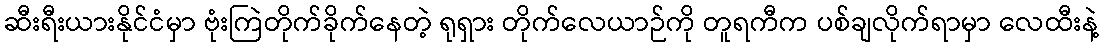
ဆီးရီးယားနိုင်ငံမှာ ဗုံးကြဲတိုက်ခိုက်နေတဲ့ ရုရှား တိုက်လေယာဉ်ကို တူရကီက ပစ်ချလိုက်ရာမှာ လေထီးနဲ့